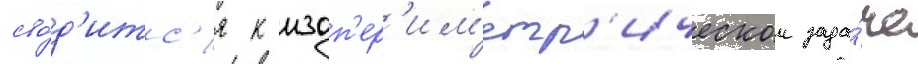
сво́д'итс'я к изоп'ер'им'етр'ическои зада́че